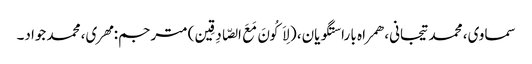
سماوی، محمد تیجانی، همراه با راستگویان، (لِاَکُونَ مَعَ الصّادِقِین) مترجم: مهری، محمد جواد۔